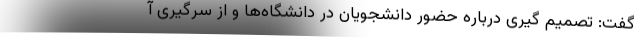
گفت: تصمیم گیری درباره حضور دانشجویان در دانشگاه‌ها و از سرگیری آ